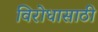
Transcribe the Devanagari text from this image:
विरोधासाठी